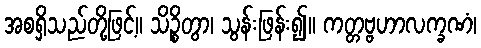
အစရှိသည်တို့ဖြင့်။ သိဉ္စိတွာ၊ သွန်းဖြန်း၍။ ကတ္တဗ္ဗဟာလက္ခဏံ၊